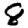
Digit: 8